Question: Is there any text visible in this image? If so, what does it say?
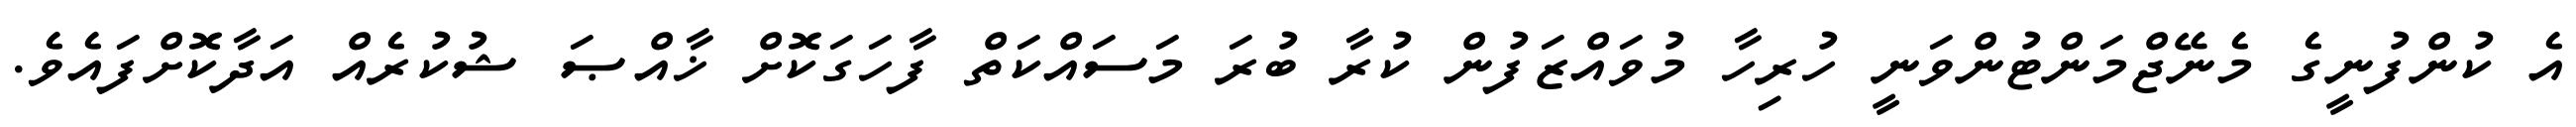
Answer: އެ ކުންފުނީގެ މެނޭޖްމަންޓުންވަނީ ހުރިހާ މުވައްޒަފުން ކުރާ ބުރަ މަސައްކަތް ފާހަގަކޮށް ޚާއްޞަ ޝުކުރެއް އަދާކޮށްފައެވެ.